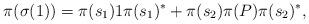
LaTeX: \begin{align*}\pi (\sigma(1)) = \pi(s_1) 1 \pi(s_1)^\ast + \pi(s_2) \pi(P) \pi(s_2)^\ast,\end{align*}